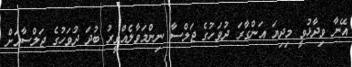
އޭނާ ވިދާޅުވީ މިދިޔަ އަންގާރަ ދުވަހުގެ ޖަލްސާ ނިންމަވާލެއްވީރު ބުދަ ދުވަހުގެ ޖަލްސާއަށް